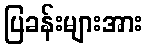
ပြခန်းများအား